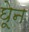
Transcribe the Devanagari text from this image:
घेून